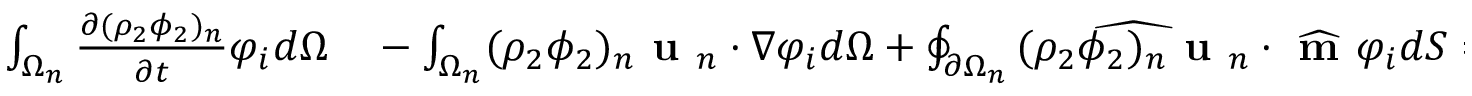
\begin{array} { r l } { \int _ { \Omega _ { n } } \frac { \partial ( \rho _ { 2 } \phi _ { 2 } ) _ { n } } { \partial t } \varphi _ { i } d \Omega } & { { } - \int _ { \Omega _ { n } } ( \rho _ { 2 } \phi _ { 2 } ) _ { n } \textbf { u } _ { n } \cdot \nabla \varphi _ { i } d \Omega + \oint _ { \partial \Omega _ { n } } \widehat { ( \rho _ { 2 } \phi _ { 2 } ) _ { n } \textbf { u } _ { n } } \cdot \widehat { \textbf { m } } \varphi _ { i } d S = } \end{array}